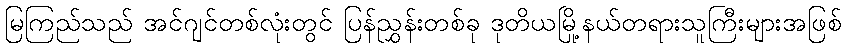
မြကြည်သည် အင်ဂျင်တစ်လုံးတွင် ပြန်ညွှန်းတစ်ခု ဒုတိယမြို့နယ်တရားသူကြီးများအဖြစ်